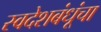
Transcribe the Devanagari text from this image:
स्वदेशबंधूंचा